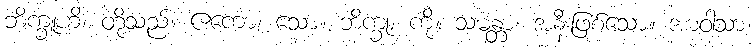
ဘိက္ခူဟိ၊ တို့သည်။ ဧကော၊ သော။ ဘိက္ခု၊ ကို။ သမန္တာ၊ အနီးဖြစ်သော။ အာဝါသာ၊